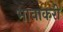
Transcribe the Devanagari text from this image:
भावाकरी